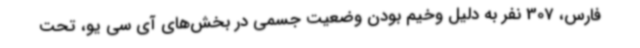
فارس، 307 نفر به دلیل وخیم بودن وضعیت جسمی در بخش‌های آی سی یو، تحت